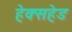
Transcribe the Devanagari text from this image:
हेक्सहेड